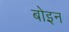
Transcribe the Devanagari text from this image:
बोइन